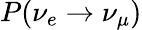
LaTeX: P(\nu_{e}\rightarrow\nu_{\mu})